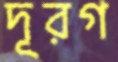
দূরগ